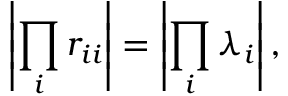
\left| \prod _ { i } r _ { i i } \right| = \left| \prod _ { i } \lambda _ { i } \right| ,